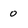
Character: 0